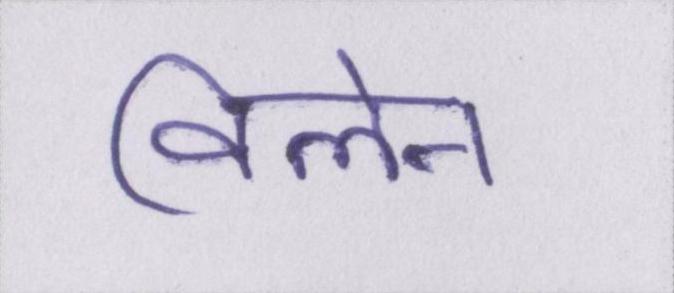
विलेन